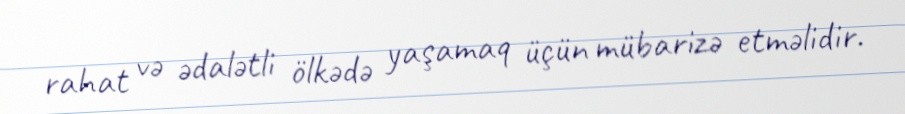
rahat və ədalətli ölkədə yaşamaq üçün mübarizə etməlidir.